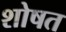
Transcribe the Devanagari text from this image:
शोषत